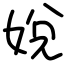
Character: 娧